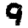
Digit: 9